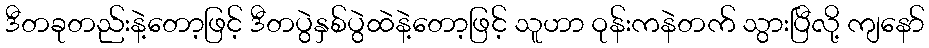
ဒီတခုတည်းနဲ့တော့ဖြင့် ဒီတပွဲနှစ်ပွဲထဲနဲ့တော့ဖြင့် သူဟာ ဝုန်းကနဲတက် သွားပြီလို့ ကျနော်